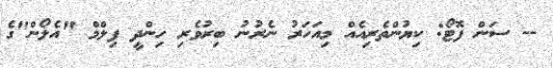
-- ސަން ފޮޓޯ: ކިޔުންތެރިއެއް މިއަހަރު ނެރުނު ބިރުވެރި ހިންދީ ފިލްމް "އެލޯން"ގެ